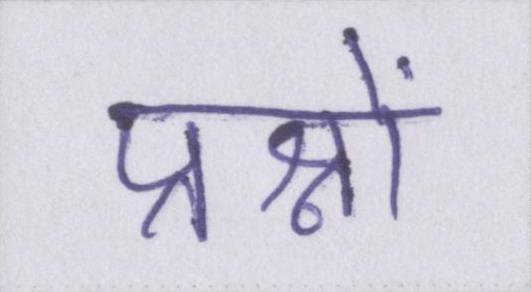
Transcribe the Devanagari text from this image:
प्रश्नों